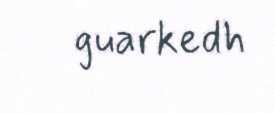
guarkedh